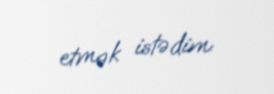
etmək istədim.